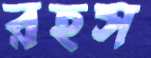
রহস